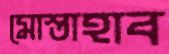
মোস্তাহাব